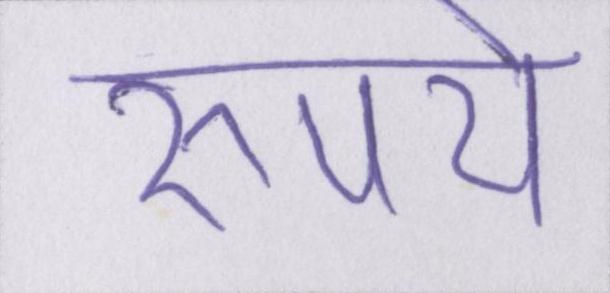
रुपये